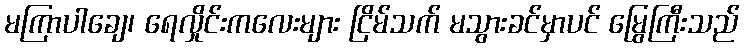
မကြာပါချေ၊ ရေလှိုင်းကလေးများ ငြိမ်သက် မသွားခင်မှာပင် မြွေကြီးသည်